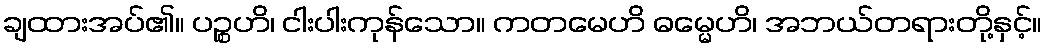
ချထားအပ်၏။ ပဉ္စဟိ၊ ငါးပါးကုန်သော။ ကတမေဟိ ဓမ္မေဟိ၊ အဘယ်တရားတို့နှင့်။